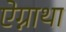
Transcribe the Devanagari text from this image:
ऐग्नाथा